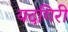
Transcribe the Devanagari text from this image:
यदगिरी